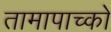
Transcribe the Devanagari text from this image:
तामापाच्को